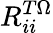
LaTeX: R_{ii}^{T\Omega}